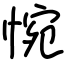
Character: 惋